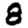
Digit: 8